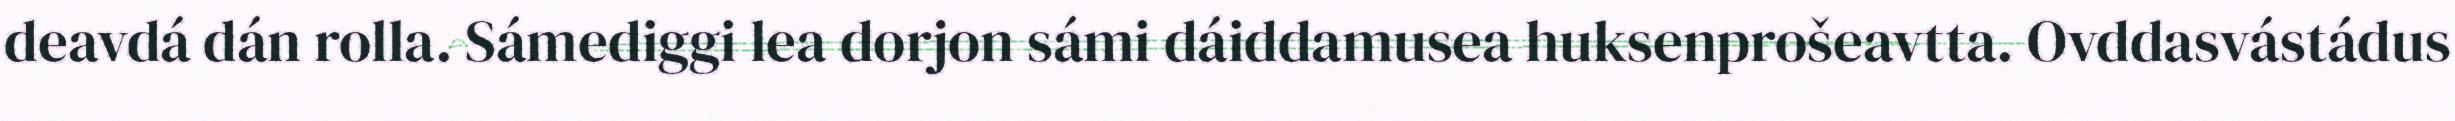
deavdá dán rolla. Sámediggi lea dorjon sámi dáiddamusea huksenprošeavtta. Ovddasvástádus